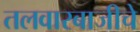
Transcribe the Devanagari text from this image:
तलवारबाजीचे